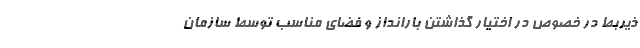
ذیربط در خصوص در اختیار گذاشتن بارانداز و فضای مناسب توسط سازمان